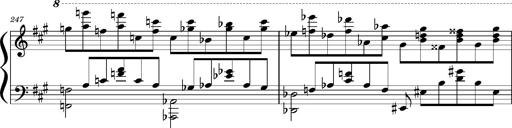
Title: Concerto sans orchestre, S.524a
Composer: Franz Liszt
Key: A major